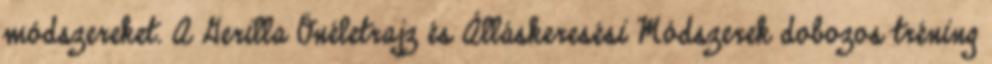
módszereket. A Gerilla Önéletrajz és Álláskeresési Módszerek dobozos tréning